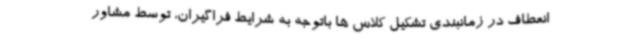
انعطاف در زمانبندی تشکیل کلاس ها باتوجه به شرایط فراگیران، توسط مشاور